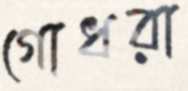
গোধরা